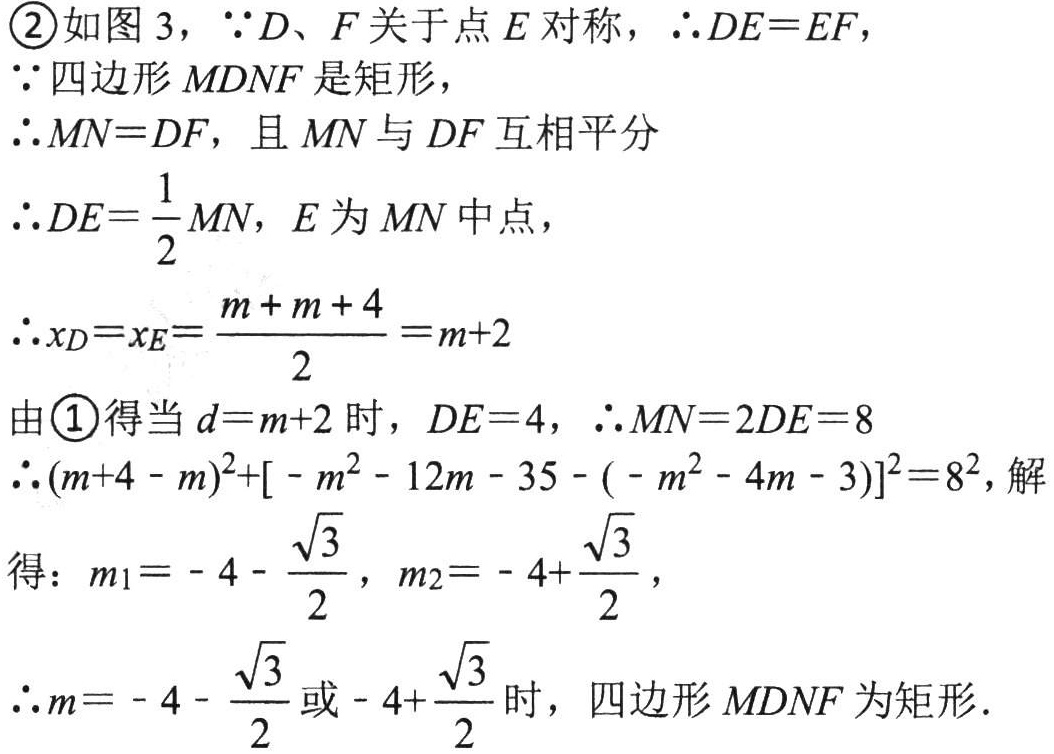
\textcircled{2}如图 3，$\because D、F$关于点$E$对称，$\therefore DE = EF$，
$\because$四边形$MDNF$是矩形，
$\therefore MN = DF$，且$MN$与$DF$互相平分
$\therefore DE=\frac{1}{2}MN$，$E$为$MN$中点，
$\therefore x_D = x_E=\frac{m + m + 4}{2}=m + 2$
由\textcircled{1}得当$d = m + 2$时，$DE = 4$，$\therefore MN = 2DE = 8$
$\therefore (m + 4 - m)^2+[-m^2 - 12m - 35 - (-m^2 - 4m - 3)]^2 = 8^2$，解得：$m_1=-4-\frac{\sqrt{3}}{2}$，$m_2=-4+\frac{\sqrt{3}}{2}$，
$\therefore m=-4-\frac{\sqrt{3}}{2}$或$-4+\frac{\sqrt{3}}{2}$时，四边形$MDNF$为矩形.